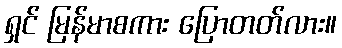
ရှင် မြန်မာစကား ပြောတတ်လား။